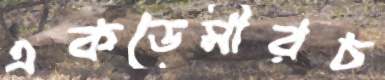
একডেমীরচ